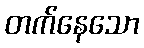
တက်နေသော